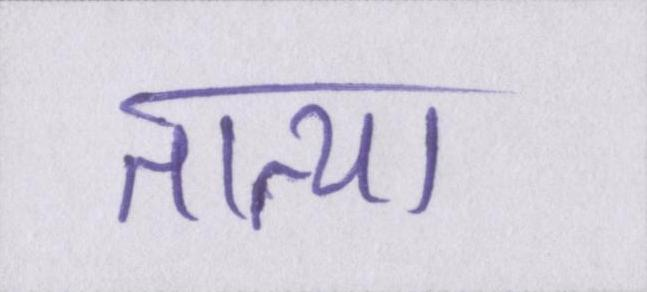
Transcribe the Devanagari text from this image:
तात्या